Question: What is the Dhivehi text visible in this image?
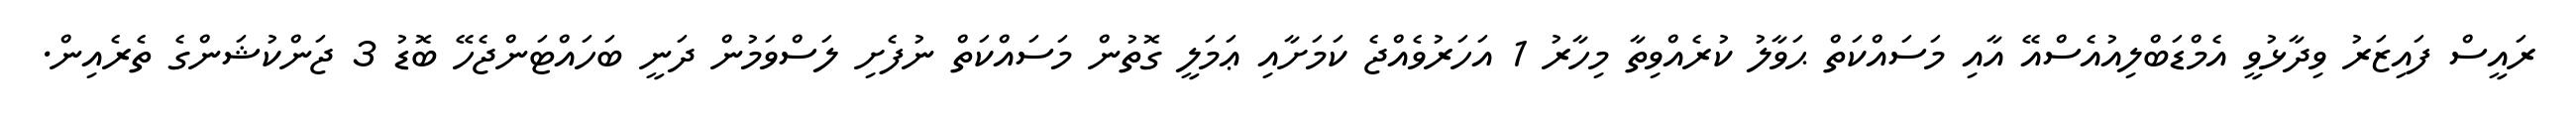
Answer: ރައީސް ފައިޒަރު ވިދާޅުވީ އެމްޑަބްލިއުއެސްއޭ އާއި މަސައްކަތް ޙަވާލު ކުރެއްވިތާ މިހާރު 1 އަހަރުވެއްޖެ ކަމަށާއި ޢަމަލީ ގޮތުން މަސައްކަތް ނުފެށި ލަސްވަމުން ދަނީ ބަހައްޓަންޖެހޭ ބޮޑު 3 ޖަންކުޝަންގެ ތެރެއިން.